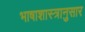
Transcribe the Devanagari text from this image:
भाषाशास्त्रानुसार